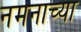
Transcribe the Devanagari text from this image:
नमनाच्या